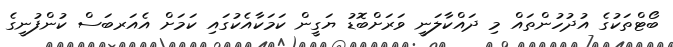
ބޯޓްތަކުގެ އުދުހުންތައް މި ދައްކާލަނީ ވަރަށްބޮޑު ޔަގީން ކަމަކާއެކުގައި ކަމަށް އެއަރބަސް ކުންފުނީގެ